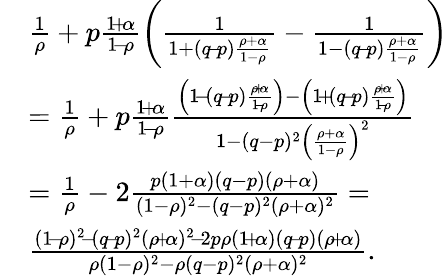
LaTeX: \begin{array}{rl}&{\frac{1}{\rho}+p\frac{1\! +\! \alpha}{1\! -\! \rho}\left(\frac{1}{1+(q\! -\! p)\frac{\rho+\alpha}{1-\rho}}-\frac{1}{1-(q\! -\! p)\frac{\rho+\alpha}{1-\rho}}\right)}\\ &{=\frac{1}{\rho}+p\frac{1\! +\! \alpha}{1\! -\! \rho}\frac{\left(1\! -\! (q\! -\! p)\frac{\rho\! +\! \alpha}{1\! -\! \rho}\right)-\left(1\! +\! (q\! -\! p)\frac{\rho\! +\! \alpha}{1\! -\! \rho}\right)}{1-(q-p)^{2}\left(\frac{\rho+\alpha}{1-\rho}\right)^{2}}}\\ &{=\frac{1}{\rho}-2\frac{p(1+\alpha)(q-p)(\rho+\alpha)}{(1-\rho)^{2}-(q-p)^{2}(\rho+\alpha)^{2}}=}\\ &{\frac{(1\! -\! \rho)^{2}\! -\! (q\! -\! p)^{2}(\rho\! +\! \alpha)^{2}\! -\! 2p\rho(1\! +\! \alpha)(q\! -\! p)(\rho\! +\! \alpha)}{\rho(1-\rho)^{2}-\rho(q-p)^{2}(\rho+\alpha)^{2}}.}\end{array}